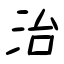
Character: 治